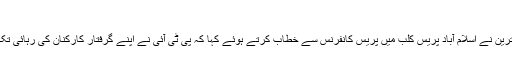
’مذاکرات معطل‘
پاکستان تحریک انصاف کے رہنما جہانگیر ترین نے اسلام آباد پریس کلب میں پریس کانفرنس سے خطاب کرتے ہوئے کہا کہ پی ٹی آئی نے اپنے گرفتار کارکنان کی رہائی تک حکومت سے مذاکرات معطل کر دیے ہیں۔